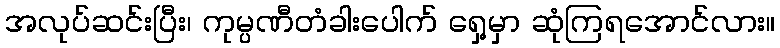
အလုပ်ဆင်းပြီး၊ ကုမ္ပဏီတံခါးပေါက် ရှေ့မှာ ဆုံကြရအောင်လား။